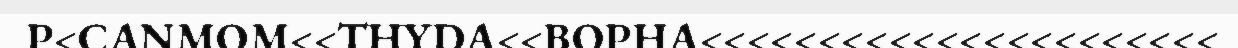
P<CANMOM<<THYDA<<BOPHA<<<<<<<<<<<<<<<<<<<<<<